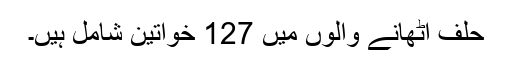
حلف اُٹھانے والوں میں 127 خواتین شامل ہیں۔